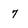
Character: 7